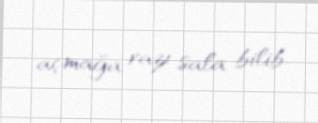
açmağa razı sala bilib.